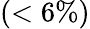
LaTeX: (<6\% )